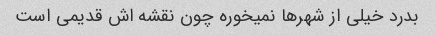
بدرد خیلی از شهرها نمیخوره چون نقشه اش قدیمی است